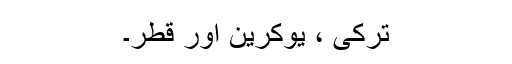
ترکی ، یوکرین اور قطر۔